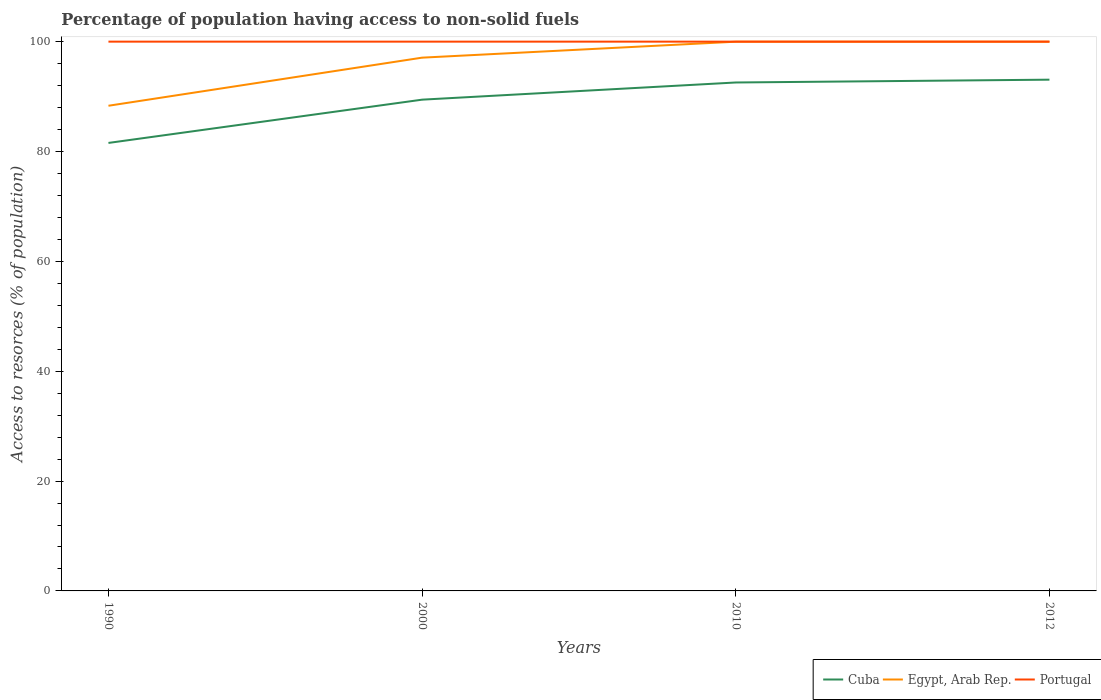
| Years | Cuba | Egypt, Arab Rep. | Portugal |
 | --- | --- | --- | --- |
 | 1990 | 81.6 | 88.3 | 100 |
 | 2000 | 89.4 | 97.1 | 100 |
 | 2010 | 92.6 | 100 | 100 |
 | 2012 | 93.1 | 100 | 100 |